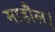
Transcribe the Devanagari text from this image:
माहौल।